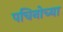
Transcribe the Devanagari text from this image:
पचिनोच्या